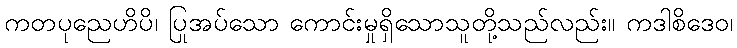
ကတပုညေဟိပိ၊ ပြုအပ်သော ကောင်းမှုရှိသောသူတို့သည်လည်း။ ကဒါစိဒေဝ၊